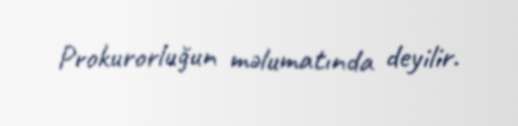
Prokurorluğun məlumatında deyilir.